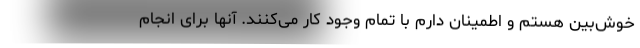
خوش‌بین هستم و اطمینان دارم با تمام وجود کار می‌کنند. آنها برای انجام